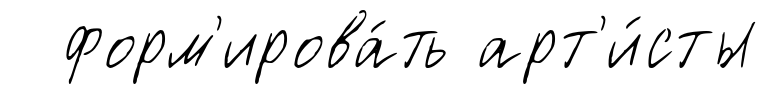
форм'ирова́ть арт'и́сты